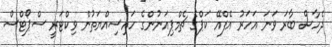
ދެހާސް ބާރަ ވަނަ އަހަރު އެފްއޭ ކަޕްގެ ޗެމްޕިއަނުންގެ ހައިސިއްޔަތުން ވިކްޓަރީ ސްޕޯޓްސް